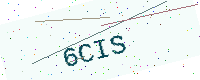
Text: 6CIS